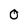
Character: 0